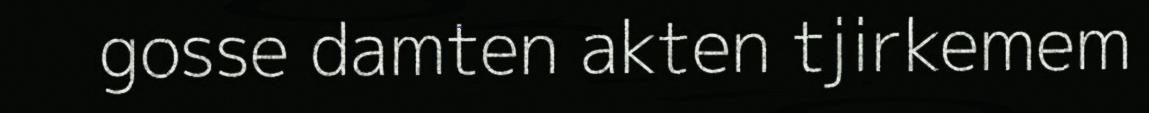
gosse damten akten tjirkemem